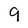
Character: 9